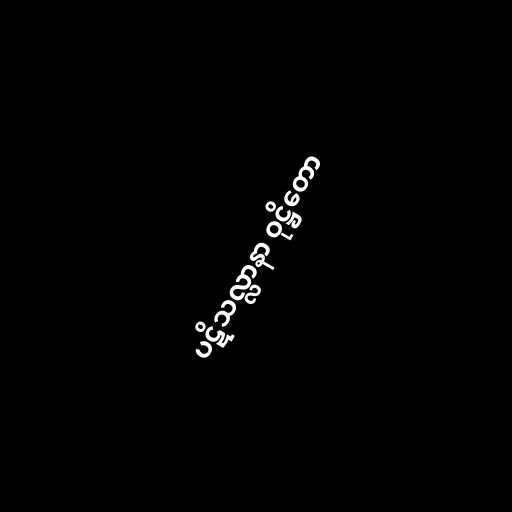
ပဋိသလ္လာနာ ဝုဋ္ဌိတော